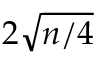
2 { \sqrt { n / 4 } }